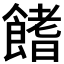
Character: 𩝙